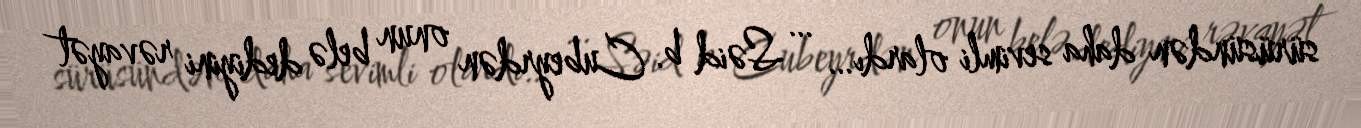
sürüsündən daha sevimli olardı… … Səid b. Cubeyrdən onun belə dediyini rəvayət